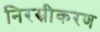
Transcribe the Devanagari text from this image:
निरस्रीकरण